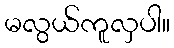
မလွယ်ကူလှပါ။